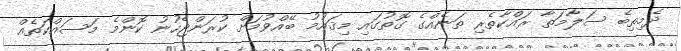
ދެމިތިބެ ސަލާމަތާ ރައްކާތެރި ތަނެއްގެ ގޮތުގައި މިޤައުމު ބޭއްވުމަށް ކުރަންޖެހުނު ކޮންމެ މަސައްކަތެއް